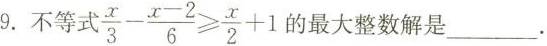
9.不等式 $$\frac{x}{3}- \frac{x-2}{6}\geq \frac{x}{2}+1$$ 的最大整数解是___。